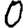
Digit: 0